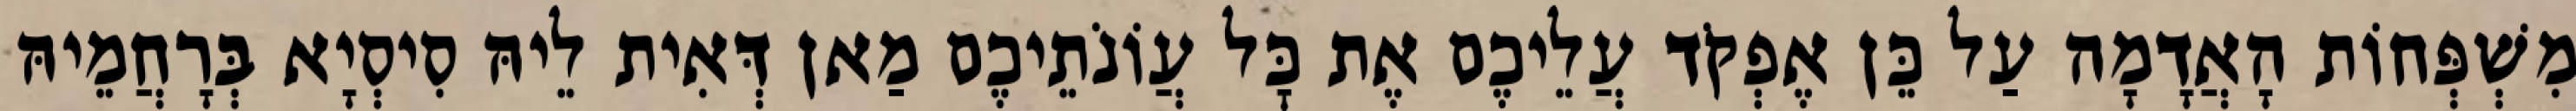
מִשְׁפְּחוֹת הָאֲדָמָה עַל כֵּן אֶפְקֹד עֲלֵיכֶם אֶת כׇּל עֲוֹנֹתֵיכֶם מַאן דְּאִית לֵיהּ סִיסְיָא בְּרָחֲמֵיהּ